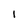
Character: 1